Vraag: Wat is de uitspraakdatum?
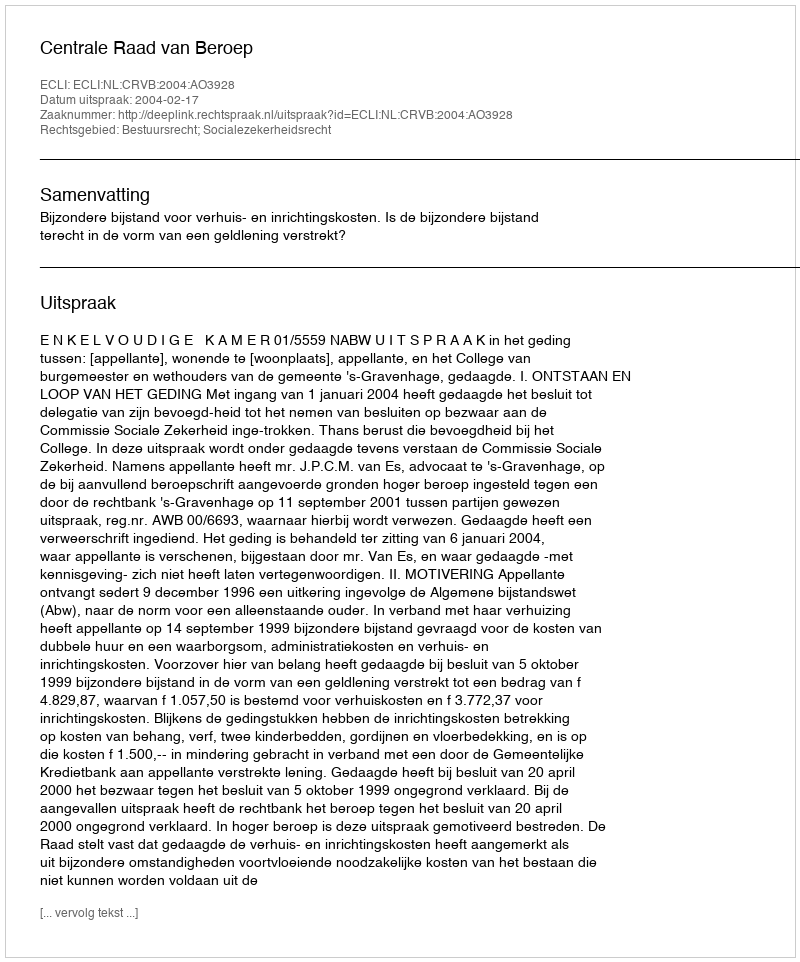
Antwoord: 2004-02-17